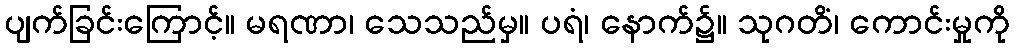
ပျက်ခြင်းကြောင့်။ မရဏာ၊ သေသည်မှ။ ပရံ၊ နောက်၌။ သုဂတိံ၊ ကောင်းမှုကို